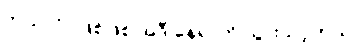
ဘယ်လိုပဲဖြစ်ဖြစ် အဲဒီ နေရာကို သွားသင့်တယ်။